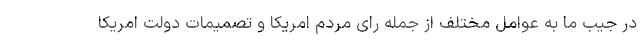
در جیب ما به عوامل مختلف از جمله رای مردم امریکا و تصمیمات دولت امریکا